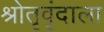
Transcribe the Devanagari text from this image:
श्रोतृवृंदाला